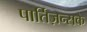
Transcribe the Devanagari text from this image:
पार्तिज़न्सके